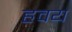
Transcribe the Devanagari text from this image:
हवय